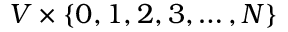
V \times \{ 0 , 1 , 2 , 3 , \ldots , N \}